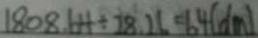
1 8 0 8 . 6 4 \div 2 8 . 2 6 = 6 4 ( d m )